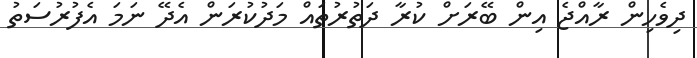
ދިވެހިން ރާއްޖެ އިން ބޭރަށް ކުރާ ދަތުރުތައް މަދުކުރަން އެދޭ ނަމަ އެފުރުސަތު